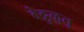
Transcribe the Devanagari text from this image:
वेट्टुळुतु